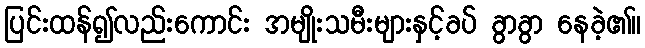
ပြင်းထန်၍လည်းကောင်း အမျိုးသမီးများနှင့်ခပ် ခွာခွာ နေခဲ့၏။